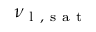
\nu _ { \mathrm { ~ l ~ , ~ s ~ a ~ t ~ } }